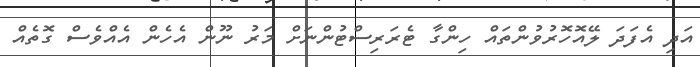
އަދި އެފަދަ ލޭއޮހޮރުވުންތައް ހިންގާ ޓެރަރިސްޓުންނަށް މަރު ނޫން އެހެން އެއްވެސް ގޮތެއް